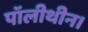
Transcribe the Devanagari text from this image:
पॉलीथीन।